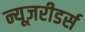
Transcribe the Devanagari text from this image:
न्यूज़रीडर्स